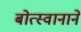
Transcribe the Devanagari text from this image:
बोत्स्वानाने